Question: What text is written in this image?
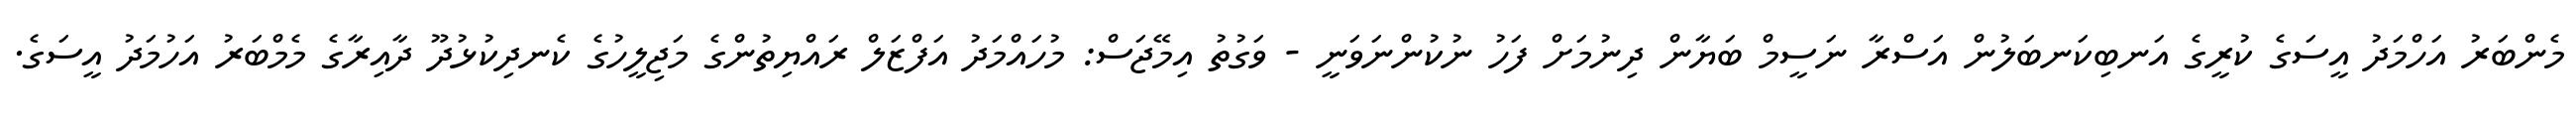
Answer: މެންބަރު އަހްމަދު އީސަގެ ކުރީގެ އަނބިކަނބަލުން އަސްރާ ނަސީމް ބަޔާން ދިނުމަށް ފަހު ނުކުންނަވަނީ - ވަގުތު އިމޭޖަސް: މުހައްމަދު އަފްޒަލް ރައްޔިތުންގެ މަޖިލީހުގެ ކެނދިކުޅުދޫ ދާއިރާގެ މެމްބަރު އަހުމަދު އީސަގެ.